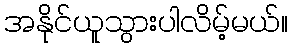
အနိုင်ယူသွားပါလိမ့်မယ်။